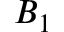
B _ { 1 }